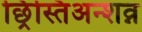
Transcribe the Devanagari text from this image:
छ्रिस्तिअन्शव्न